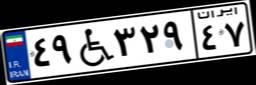
۵۱W۱۹۰۸۳